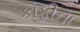
કોફીના